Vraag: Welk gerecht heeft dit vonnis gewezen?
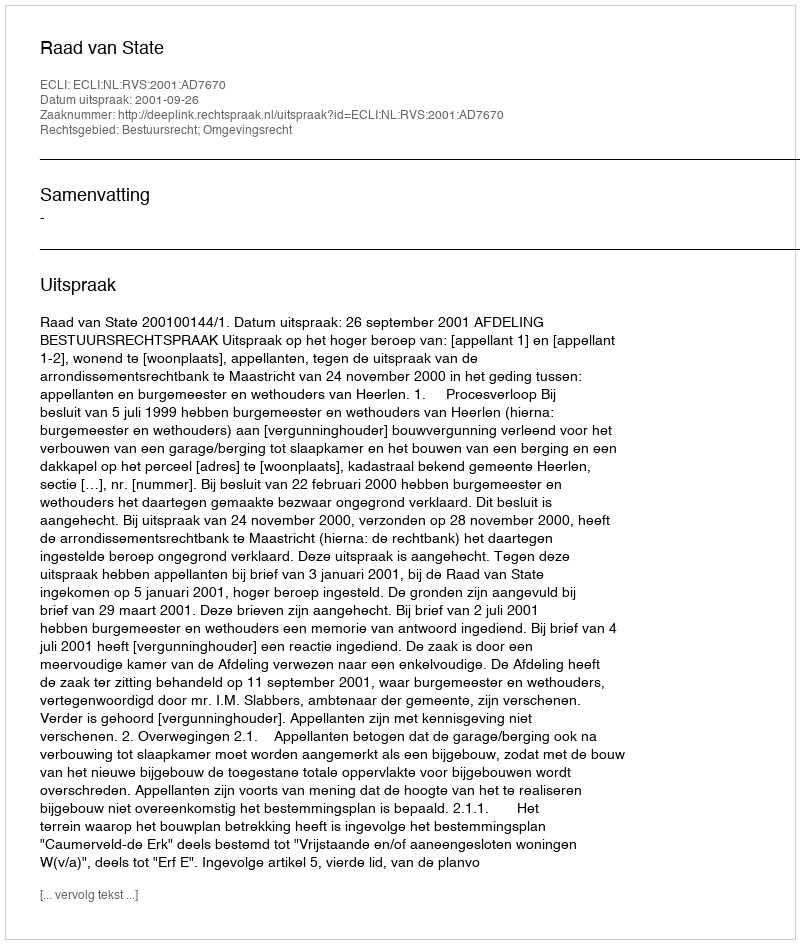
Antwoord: Raad van State